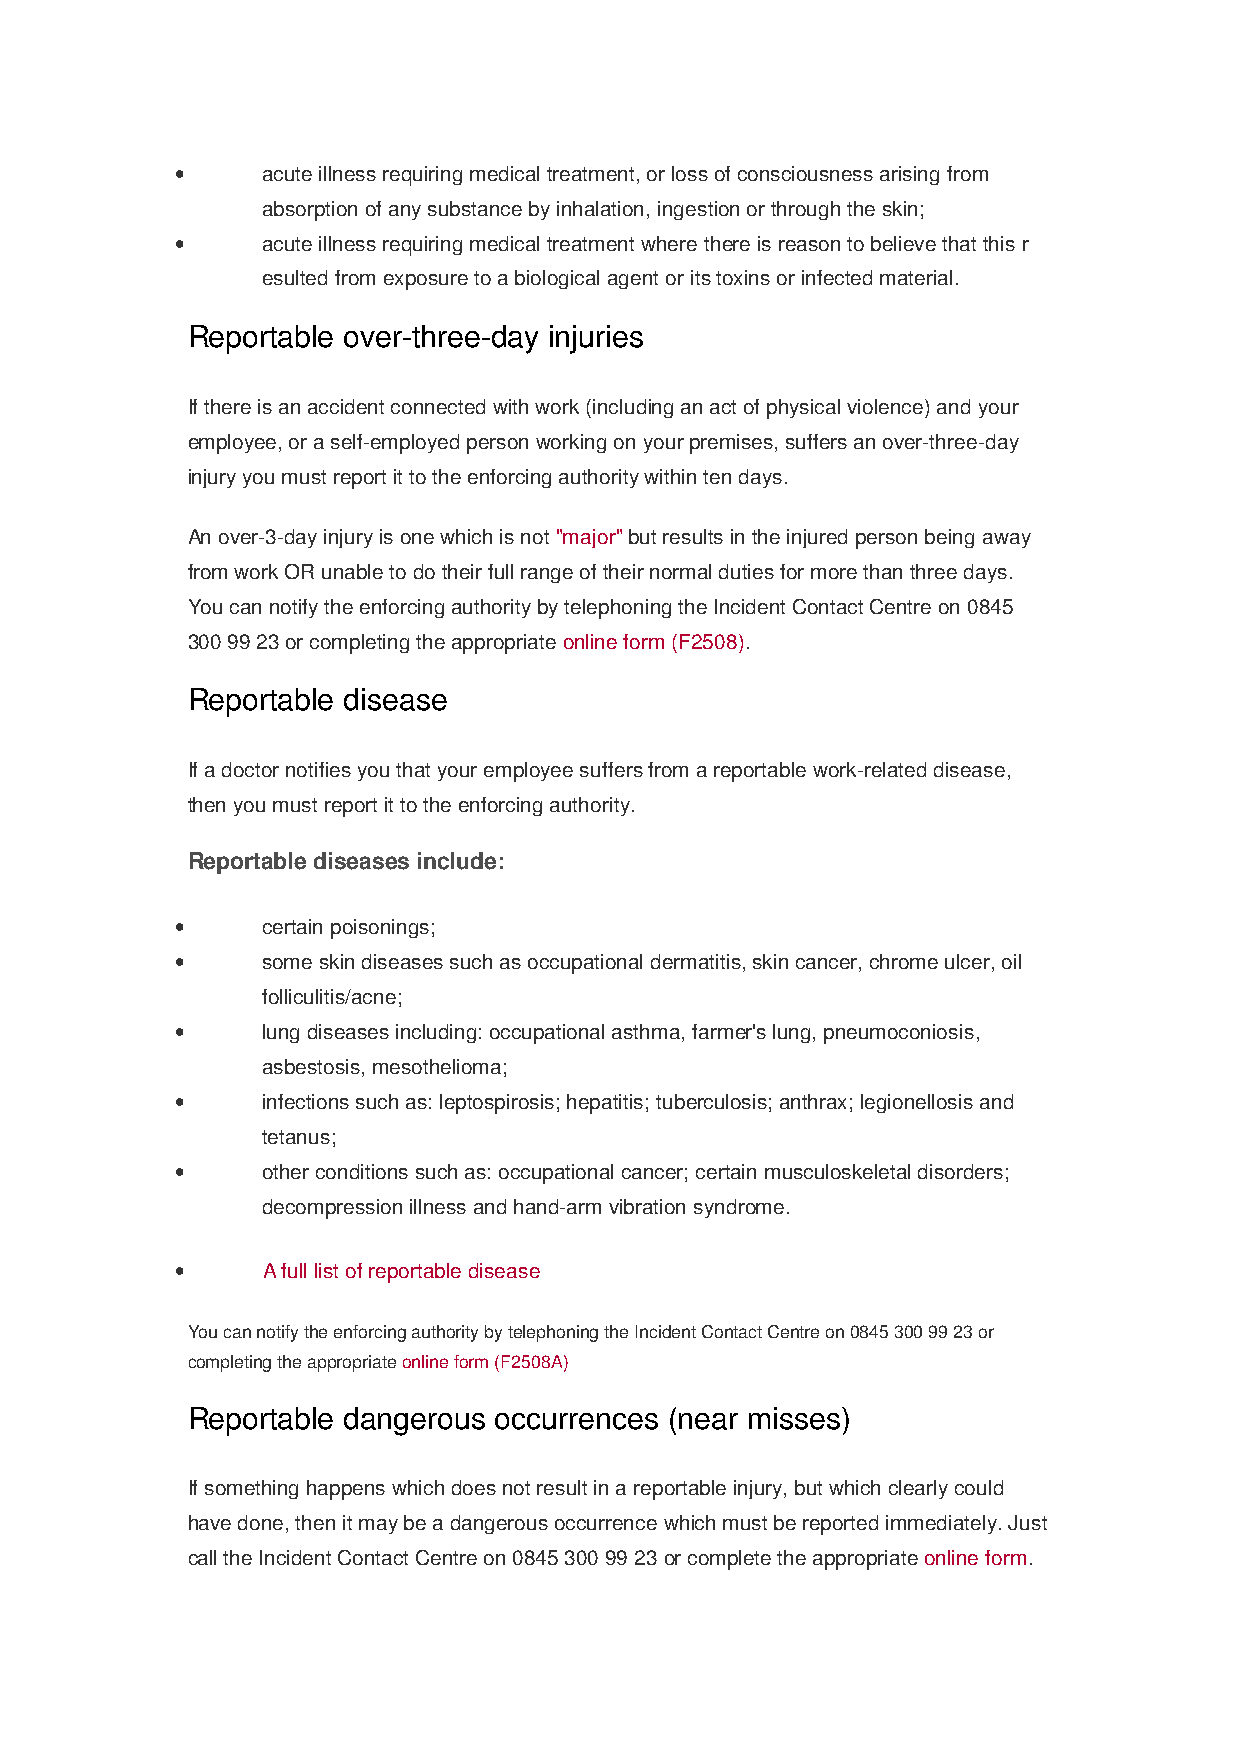
•    acute illness requiring medical treatment, or loss of consciousness arising from
 absorption of any substance by inhalation, ingestion or through the skin;
 •    acute illness requiring medical treatment where there is reason to believe that this r
 esulted from exposure to a biological agent or its toxins or infected material.
 Reportable over-three-day injuries
 If there is an accident connected with work (including an act of physical violence) and your
 employee, or a self-employed person working on your premises, suffers an over-three-day
 injury you must report it to the enforcing authority within ten days.
 An over-3-day injury is one which is not "major" but results in the injured person being away
 from work OR unable to do their full range of their normal duties for more than three days.
 You can notify the enforcing authority by telephoning the Incident Contact Centre on 0845
 300 99 23 or completing the appropriate online form (F2508).
 Reportable disease
 If a doctor notifies you that your employee suffers from a reportable work-related disease,
 then you must report it to the enforcing authority.
 Reportable diseases include:
 •    certain poisonings;
 •    some skin diseases such as occupational dermatitis, skin cancer, chrome ulcer, oil
 folliculitis/acne;
 •    lung diseases including: occupational asthma, farmer's lung, pneumoconiosis,
 asbestosis, mesothelioma;
 •    infections such as: leptospirosis; hepatitis; tuberculosis; anthrax; legionellosis and
 tetanus;
 •    other conditions such as: occupational cancer; certain musculoskeletal disorders;
 decompression illness and hand-arm vibration syndrome.
 •    A full list of reportable disease
 You can notify the enforcing authority by telephoning the Incident Contact Centre on 0845 300 99 23 or
 completing the appropriate online form (F2508A)
 Reportable dangerous occurrences (near misses)
 If something happens which does not result in a reportable injury, but which clearly could
 have done, then it may be a dangerous occurrence which must be reported immediately. Just
 call the Incident Contact Centre on 0845 300 99 23 or complete the appropriate online form.